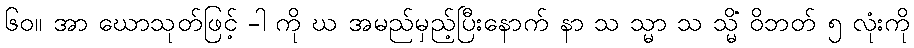
၆၀။ အာ ဃောသုတ်ဖြင့် -ါ ကို ဃ အမည်မှည့်ပြီးနောက် နာ သ သ္မာ သ သ္မိံ ဝိဘတ် ၅ လုံးကို